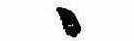
ゝ